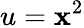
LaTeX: u=\mathbf{x}^{2}